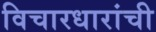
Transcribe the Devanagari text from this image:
विचारधारांची